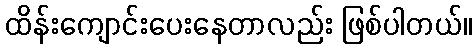
ထိန်းကျောင်းပေးနေတာလည်း ဖြစ်ပါတယ်။